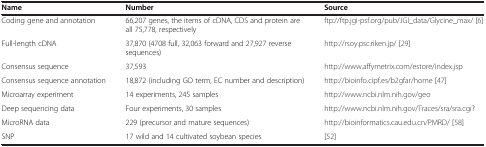
<table><thead><tr><td><b>Name</b></td><td><b>Number</b></td><td><b>Source</b></td></tr></thead><tbody><tr><td>Coding gene and annotation</td><td>66,207 genes, the items of cDNA, CDS and protein are all 75,778, respectively</td><td>ftp://ftp.jgi-psf.org/pub/JGI_data/Glycine_max/[6]</td></tr><tr><td>Full-length cDNA</td><td>37,870 (4708 full, 32,063 forward and 27,927 reverse sequences)</td><td>http://rsoy.psc.riken.jp/[29]</td></tr><tr><td>Consensus sequence</td><td>37,593</td><td>http://www.affymetrix.com/estore/index.jsp</td></tr><tr><td>Consensus sequence annotation</td><td>18,872 (including GO term, EC number and description)</td><td>http://bioinfo.cipf.es/b2gfar/home[47]</td></tr><tr><td>Microarray experiment</td><td>14 experiments, 245 samples</td><td>http://www.ncbi.nlm.nih.gov/geo</td></tr><tr><td>Deep sequencing data</td><td>Four experiments, 30 samples</td><td>http://www.ncbi.nlm.nih.gov/Traces/sra/sra.cgi?</td></tr><tr><td>MicroRNA data</td><td>229 (precursor and mature sequences)</td><td>http://bioinformatics.cau.edu.cn/PMRD/[58]</td></tr><tr><td>SNP</td><td>17 wild and 14 cultivated soybean species</td><td>[52]</td></tr></tbody></table>